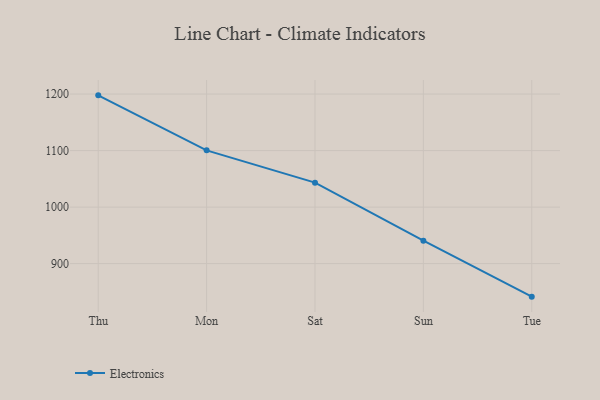
{"axis": {"x": "Day", "y": "Bounce Rate (%)"}, "legend": ["Electronics"], "data": [{"x": "Thu", "y": 1197.7, "type": "Electronics"}, {"x": "Mon", "y": 1100.4, "type": "Electronics"}, {"x": "Sat", "y": 1043.3, "type": "Electronics"}, {"x": "Sun", "y": 940.5, "type": "Electronics"}, {"x": "Tue", "y": 841.6, "type": "Electronics"}]}